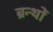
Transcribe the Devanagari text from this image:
ब्रन्थों